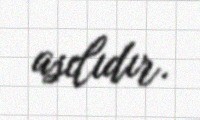
asılıdır.